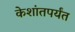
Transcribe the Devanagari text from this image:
केशांतपर्यंत